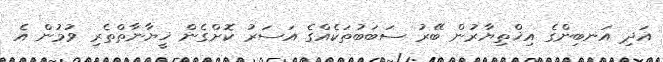
އަދި އަނބިންގެ އިޚްތިޔާރުން ބޭރު ސަބަބުތަކެއްގެ އަސަރު ކޮށްގެން ޚީޔާނާތްތެރި ވުމުން އެ